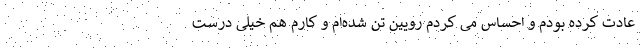
عادت کرده بودم و احساس می کردم رویین تن شده‌ام و کارم هم خیلی درست